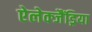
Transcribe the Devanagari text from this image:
ऐलेक्जैंड्रिया